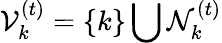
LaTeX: \mathcal{V}_{k}^{(t)}=\{ k\} \bigcup\mathcal{N}_{k}^{(t)}